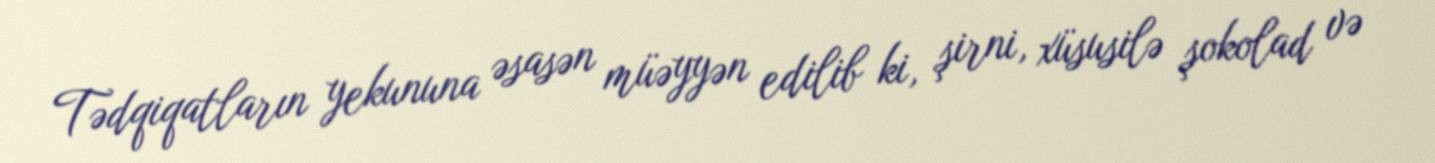
Tədqiqatların yekununa əsasən müəyyən edilib ki, şirni, xüsusilə şokolad və